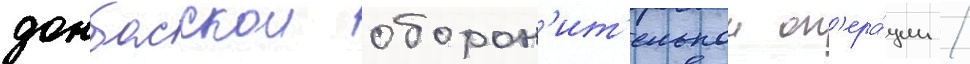
донбасскои оборон'ит'ельнои оп'ера́ции /